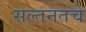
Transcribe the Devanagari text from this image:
सल्तनतचे